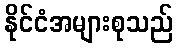
နိုင်ငံအများစုသည်